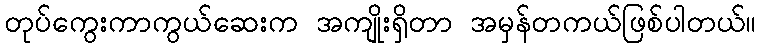
တုပ်ကွေးကာကွယ်ဆေးက အကျိုးရှိတာ အမှန်တကယ်ဖြစ်ပါတယ်။